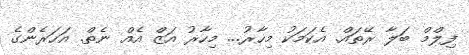
ފިލްމް ބަލާ ރޭތައް. އެކަމަކު މިހާރު... މިހާރު އަޒް އެއް ނެތް. އަހަރެންގެ